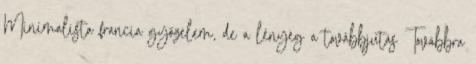
Minimalista francia győzelem, de a lényeg a továbbjutás Továbbra